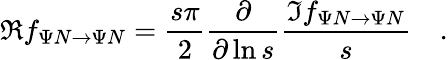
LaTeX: {\Re f_{\Psi N\to\Psi N}}={\frac{s\pi}{2}}{{\frac{\partial}{\partial\ln{s}}}{\frac{\Im f_{\Psi N\to\Psi N}}{s}}}\quad.